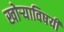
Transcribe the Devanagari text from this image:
खोर्‍याविषयी